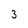
Character: 3